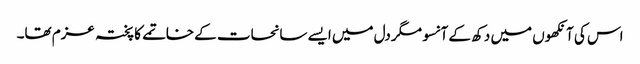
اس کی آنکھوں میں دکھ کے آنسو مگر دل میں ایسے سانحات کے خاتمے کا پختہ عزم تھا۔